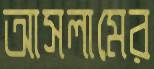
আসলামের